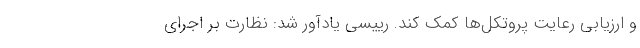
و ارزیابی رعایت پروتکل‌ها کمک کند. رییسی یادآور شد: نظارت بر اجرای